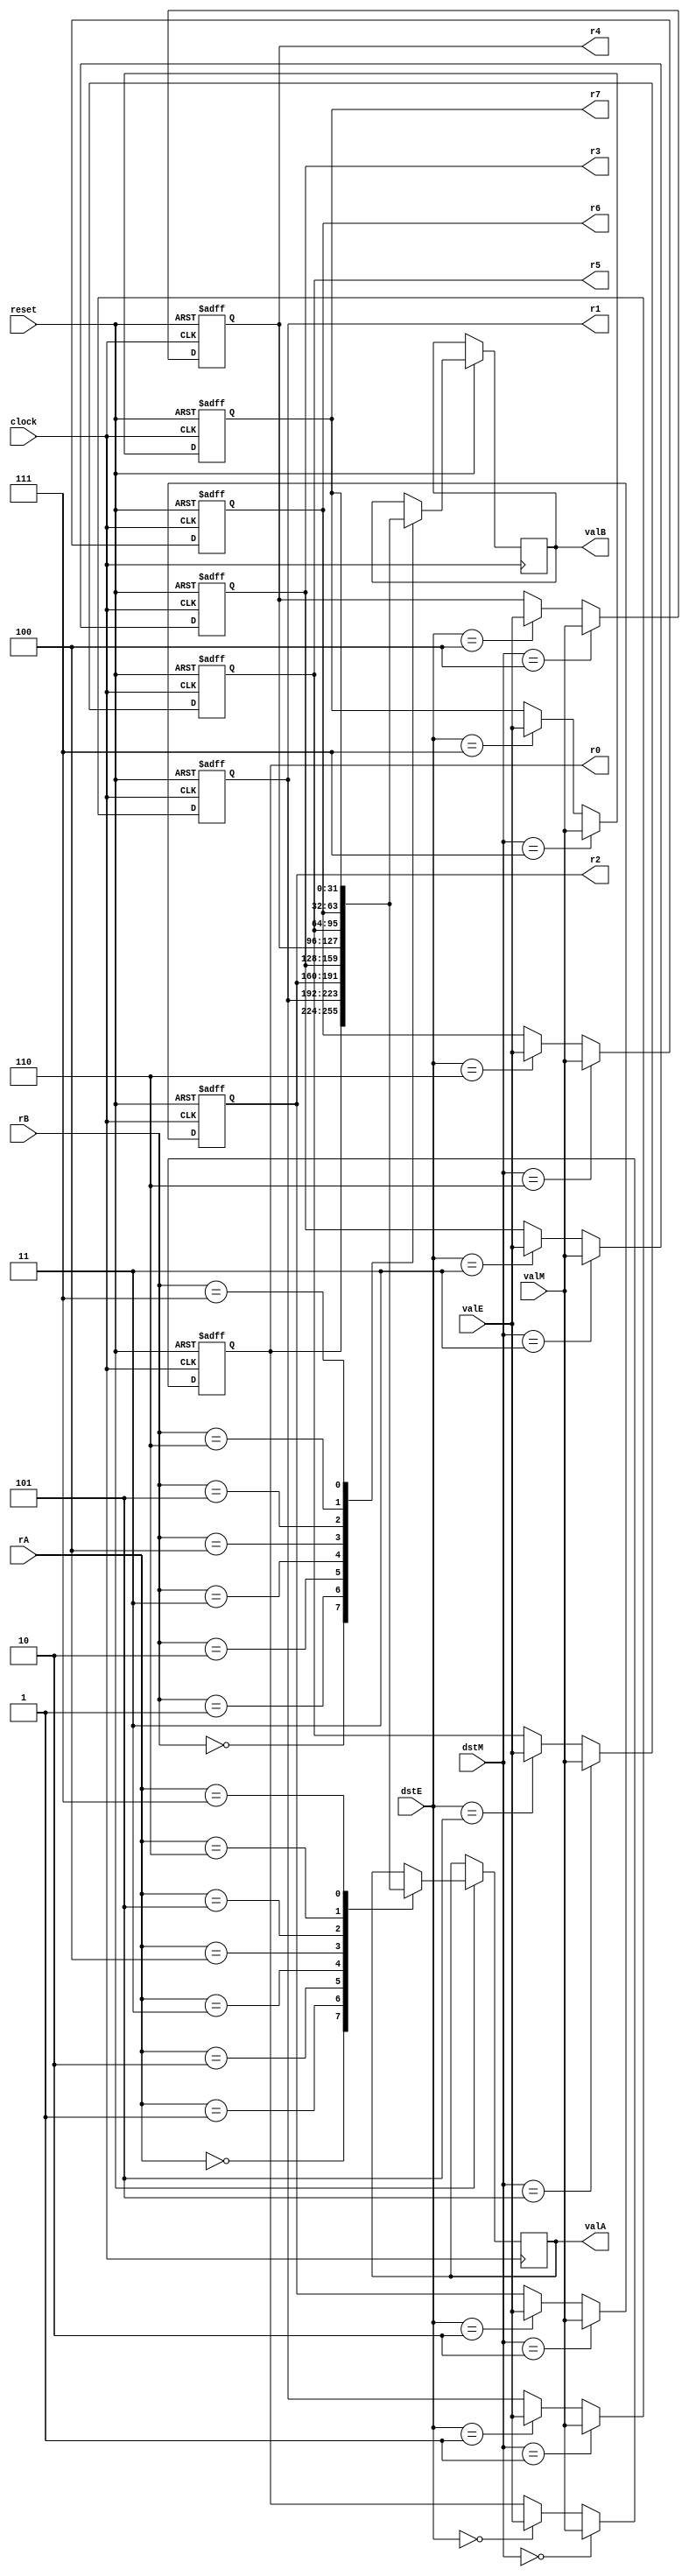
`timescale 1ns / 1ns
module regfile
(
    input [3:0] dstE,
    input [31:0] valE,
    input [3:0] dstM,
    input [31:0] valM,
    input [3:0] rA,
    output [31:0] valA,
    input [3:0] rB,
    output [31:0] valB,
    input reset,
    input clock,
    output [31:0] r0,
    output [31:0] r1,
    output [31:0] r2,
    output [31:0] r3,
    output [31:0] r4,
    output [31:0] r5,
    output [31:0] r6,
    output [31:0] r7
);

reg [31:0] reg0;
reg [31:0] reg1;
reg [31:0] reg2;
reg [31:0] reg3;
reg [31:0] reg4;
reg [31:0] reg5;
reg [31:0] reg6;
reg [31:0] reg7;

assign r0 = reg0;
assign r1 = reg1;
assign r2 = reg2;
assign r3 = reg3;
assign r4 = reg4;
assign r5 = reg5;
assign r6 = reg6;
assign r7 = reg7;

reg [31:0] valueA;
reg [31:0] valueB;

assign valA = valueA;
assign valB = valueB;

always @(posedge clock, negedge reset)begin
	if (~reset) begin
	   reg0 <= 32'b0;
	   reg1 <= 32'b0;
	   reg2 <= 32'b0;
	   reg3 <= 32'b0;
	   reg4 <= 32'b0;
	   reg5 <= 32'b0;
	   reg6 <= 32'b0;
	   reg7 <= 32'b0;
	end
	else begin
	   case (dstE)
	       4'b0000:  reg0 <= valE;
	       4'b0001:  reg1 <= valE;
	       4'b0010:  reg2 <= valE;
	       4'b0011:  reg3 <= valE;
	       4'b0100:  reg4 <= valE;
	       4'b0101:  reg5 <= valE;
	       4'b0110:  reg6 <= valE;
	       4'b0111:  reg7 <= valE;
	       default:  ;
	   endcase  
	   case (dstM)
	       4'b0000:  reg0 <= valM;
	       4'b0001:  reg1 <= valM;
	       4'b0010:  reg2 <= valM;
	       4'b0011:  reg3 <= valM;
	       4'b0100:  reg4 <= valM;
	       4'b0101:  reg5 <= valM;
	       4'b0110:  reg6 <= valM;
	       4'b0111:  reg7 <= valM;
	       default:  ;  
	   endcase
	   case (rA)
	       4'b0000:  valueA <= reg0;
           4'b0001:  valueA <= reg1;
           4'b0010:  valueA <= reg2;
           4'b0011:  valueA <= reg3;
           4'b0100:  valueA <= reg4;
           4'b0101:  valueA <= reg5;
           4'b0110:  valueA <= reg6;
           4'b0111:  valueA <= reg7;
           default:  ;    
	   endcase
	   case (rB)
           4'b0000:  valueB <= reg0;
           4'b0001:  valueB <= reg1;
           4'b0010:  valueB <= reg2;
           4'b0011:  valueB <= reg3;
           4'b0100:  valueB <= reg4;
           4'b0101:  valueB <= reg5;
           4'b0110:  valueB <= reg6;
           4'b0111:  valueB <= reg7;
           default:  ;
       endcase
	end
end

endmodule